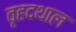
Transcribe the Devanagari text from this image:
वृहदथाल